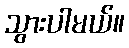
သွားပါမယ်။